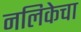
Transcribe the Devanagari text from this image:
नलिकेचा